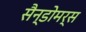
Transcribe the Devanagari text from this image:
सैन्डोमर्स